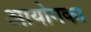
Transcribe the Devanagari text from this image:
आयोगका